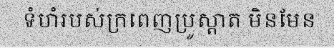
ទំហំរបស់ក្រពេញប្រូស្តាត មិនមែន